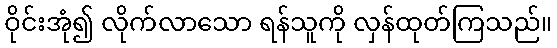
ဝိုင်းအုံ၍ လိုက်လာသော ရန်သူကို လှန်ထုတ်ကြသည်။